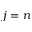
j = n